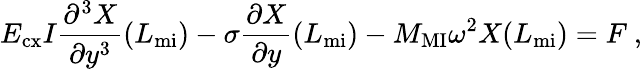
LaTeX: E_{\mathrm{cx}}I\frac{\partial^{3}{X}}{\partial{y^{3}}}(L_{\mathrm{mi}})-\sigma\frac{\partial{X}}{\partial{y}}(L_{\mathrm{mi}})-M_{\mathrm{MI}}\omega^{2}X(L_{\mathrm{mi}})=F~,